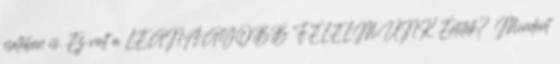
esetében is. Ez volt a LEGNAGYOBB FÉLELMÜNK Értitek? Mindent